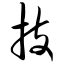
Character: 技